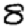
Digit: 8